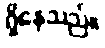
ရှိနေသည်။